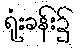
ရုံးခန်း၌